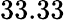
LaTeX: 33.33\